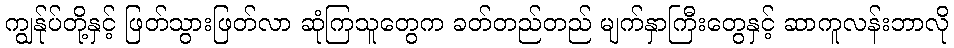
ကျွန်ုပ်တို့နှင့် ဖြတ်သွားဖြတ်လာ ဆုံကြသူတွေက ခတ်တည်တည် မျက်နှာကြီးတွေနှင့် ဆာကူလန်းဘာလို